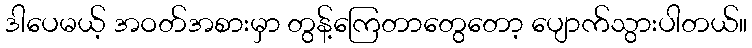
ဒါပေမယ့် အဝတ်အစားမှာ တွန့်ကြေတာတွေတော့ ပျောက်သွားပါတယ်။